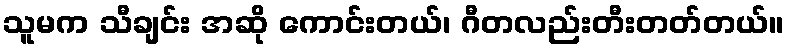
သူမက သီချင်း အဆို ကောင်းတယ်၊ ဂီတလည်းတီးတတ်တယ်။